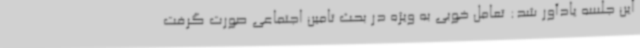
این جلسه یادآور شد: تعامل خوبی به ویژه در بحث تامین اجتماعی صورت گرفت